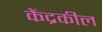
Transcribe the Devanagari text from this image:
केंद्रकील